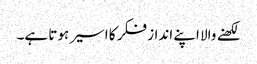
لکھنے والا اپنے انداز فکر کا اسیر ہوتا ہے۔